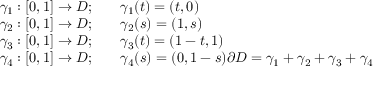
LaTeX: \begin{array} { r l } { \gamma _ { 1 } : [ 0 , 1 ] \to D ; \quad } & { { } \gamma _ { 1 } ( t ) = ( t , 0 ) } \\ { \gamma _ { 2 } : [ 0 , 1 ] \to D ; \quad } & { { } \gamma _ { 2 } ( s ) = ( 1 , s ) } \\ { \gamma _ { 3 } : [ 0 , 1 ] \to D ; \quad } & { { } \gamma _ { 3 } ( t ) = ( 1 - t , 1 ) } \\ { \gamma _ { 4 } : [ 0 , 1 ] \to D ; \quad } & { { } \gamma _ { 4 } ( s ) = ( 0 , 1 - s ) \partial D = \gamma _ { 1 } + \gamma _ { 2 } + \gamma _ { 3 } + \gamma _ { 4 } } \end{array}